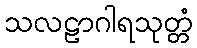
သလဠာဂါရသုတ္တံ